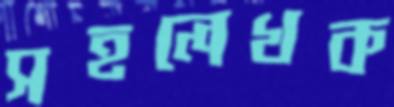
সহলেখক